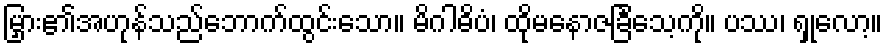
မြှား၏အဟုန်သည်ဘောက်ထွင်းသော။ မိဂါဓိပံ၊ ထိုမနောဇခြင်္သေ့ကို။ ပဿ၊ ရှုလော့။